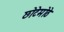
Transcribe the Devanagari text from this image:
छोटेमॊठे